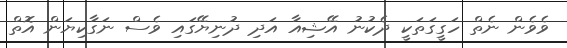
ވެވެން ނެތް ހަގީގަތަކީ ދެކުނު އޭޝިއާ އަދި ދުނިޔޭގައި ވެސް ނަގާކިޔަން އޮތް